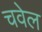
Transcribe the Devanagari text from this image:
चवेल